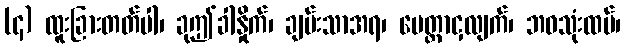
(၄) ထူးခြားတတ်ပါ၊ ခုဤခါနှိုက်၊ ချမ်းသာအရ၊ မေတ္တာငှလျက်၊ ဘဝသုံးထပ်၊